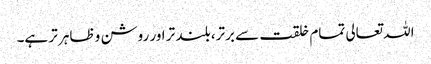
اللہ تعالی تمام خلقت سے برتر، بلند تر اور روشن و ظاہر تر ہے۔